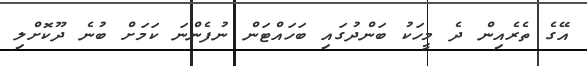
އޭގެ ތެރެއިން ދެ މީހަކު ބަންދުގައި ބަހައްޓަން ނުފެންނަ ކަމަށް ބުނެ ދޫކޮށްލި